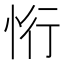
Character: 㤚